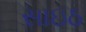
સાઇઠ